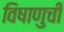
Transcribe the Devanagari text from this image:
विषाणुची